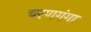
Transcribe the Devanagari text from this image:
चरणगंगा